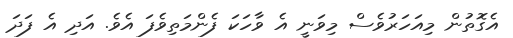
އެގޮތުން މިއަހަރުވެސް މިވަނީ އެ ވާހަކަ ފެންމަތިވެފަ އެވެ. އަދި އެ ފަދަ